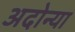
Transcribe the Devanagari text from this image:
अदोन्या